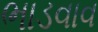
ભાડવાવ